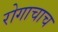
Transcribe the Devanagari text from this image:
रोगाचाच